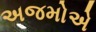
અજમોએ